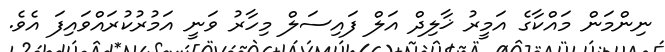
ނިންމަން މައްކާގެ އަމީރު ޚާލިދް އަލް ފައިސަލް މިހާރު ވަނީ އަމުރުކުރައްވައިފަ އެވެ.